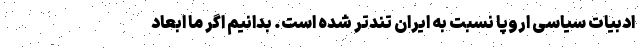
ادبیات سیاسی اروپا نسبت به ایران تندتر شده است. بدانیم اگر ما ابعاد